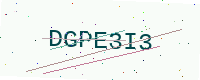
Text: DGPE3I3